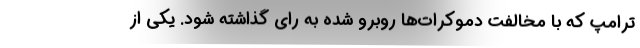
ترامپ که با مخالفت دموکرات‌ها روبرو شده به رای گذاشته شود. یکی از